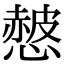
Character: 𢠱